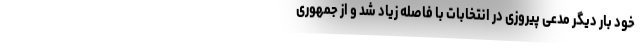
خود بار دیگر مدعی پیروزی در انتخابات با فاصله زیاد شد و از جمهوری